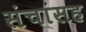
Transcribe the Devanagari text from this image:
संचांसह